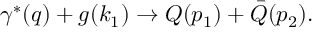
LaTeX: \gamma ^ { \ast } ( q ) + g ( k _ { 1 } ) \rightarrow Q ( p _ { 1 } ) + \bar { Q } ( p _ { 2 } ) .